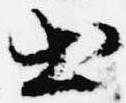
出